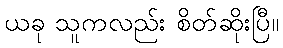
ယခု သူကလည်း စိတ်ဆိုးပြီ။